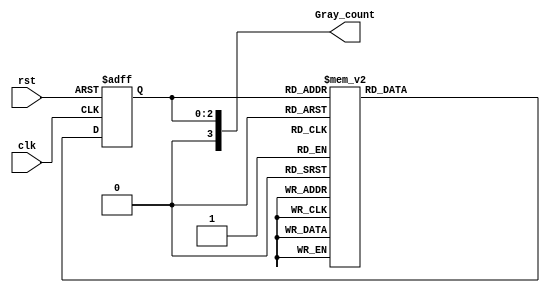
module Gray_counter_clock_divider (
    input wire clk,
    input wire rst,
    output reg [3:0] Gray_count
);

reg [2:0] counter;
reg [2:0] next_counter;

always @ (posedge clk or posedge rst) begin
    if (rst) begin
        counter <= 0;
    end else begin
        counter <= next_counter;
    end
end

always @(*) begin
    case (counter)
        3'b000: next_counter = 3'b001;
        3'b001: next_counter = 3'b011;
        3'b011: next_counter = 3'b010;
        3'b010: next_counter = 3'b110;
        3'b110: next_counter = 3'b111;
        3'b111: next_counter = 3'b101;
        3'b101: next_counter = 3'b100;
        3'b100: next_counter = 3'b000;
    endcase
end

assign Gray_count = counter;

endmodule